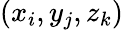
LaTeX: (x_{i},y_{j},z_{k})